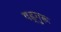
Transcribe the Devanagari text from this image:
षड्गुरू